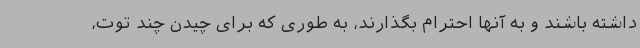
داشته باشند و به آنها احترام بگذارند، به طوری که برای چیدن چند توت،